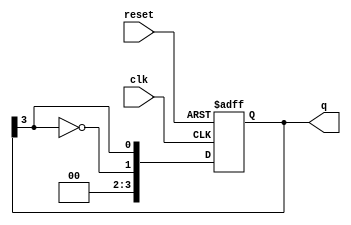
module johnson_counter (
    input wire clk,        // Clock input
    input wire reset,      // Asynchronous reset
    output reg [n-1:0] q   // Counter output
);
    parameter n = 4;       // Number of flip-flops (change as required)
    
    // Sequential logic for the Johnson counter
    always @(posedge clk or posedge reset) begin
        if (reset) begin
            q <= 0;        // Reset the counter to 0000
        end else begin
            // The feedback mechanism for the Johnson counter
            q <= {~q[n-1], q[n-1:n-1]}; // Shift and feedback
        end
    end
endmodule